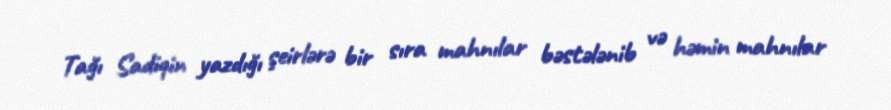
Tağı Sadiqin yazdığı şeirlərə bir sıra mahnılar bəstələnib və həmin mahnılar